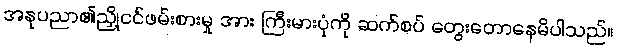
အနုပညာ၏ညှို့ငင်ဖမ်းစားမှု အား ကြီးမားပုံကို ဆက်စပ် တွေးတောနေမိပါသည်။